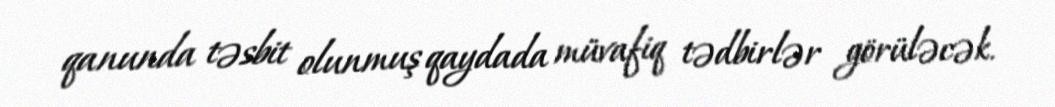
qanunda təsbit olunmuş qaydada müvafiq tədbirlər görüləcək.